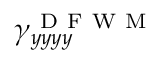
\gamma _ { y y y y } ^ { \mathrm { ~ D ~ F ~ W ~ M ~ } }